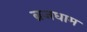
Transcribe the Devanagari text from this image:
ब्रजधाम